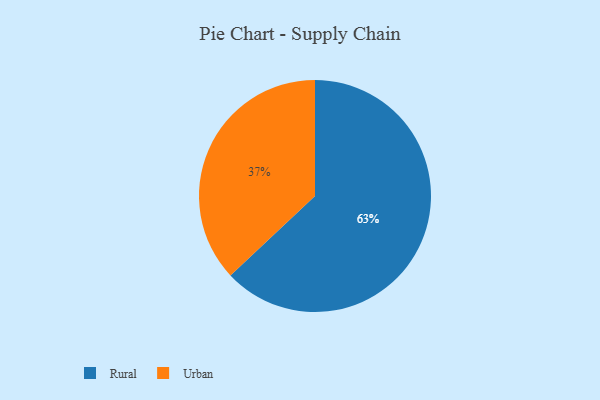
{"axis": {"x": "Category", "y": "Percentage"}, "legend": ["Rural", "Urban"], "data": [{"x": "Urban", "y": 37, "type": "Urban"}, {"x": "Rural", "y": 63, "type": "Rural"}]}